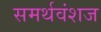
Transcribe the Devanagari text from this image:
समर्थवंशज